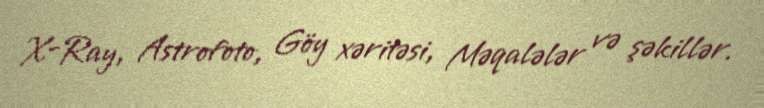
X-Ray, Astrofoto, Göy xəritəsi, Məqalələr və şəkillər.